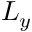
L _ { y }